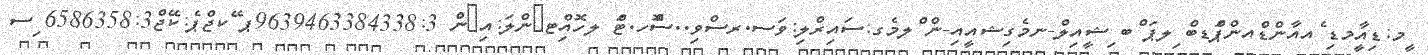
ީމ:ޑިއާީމޑި ެއއާންޑްެއންޕަްޑބް ިލޕަ ްބ ިޝީއިލް-ނމެގިޝއީއި-ން ްލމެގ:ސައިރްލި:ވަސ.ރސްވި..ސްޮހ.ޓްަ ލހޮއިްޓ@ންލަ:އި@ންެ 9639463384338:3ޕ ޭކޖްޕެ:ކޭޖް6586358:3 ިސ